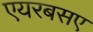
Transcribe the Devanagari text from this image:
एयरबसए